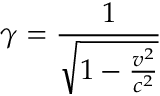
\gamma = { \frac { 1 } { \sqrt { 1 - { \frac { v ^ { 2 } } { c ^ { 2 } } } } } }